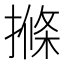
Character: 𭢌